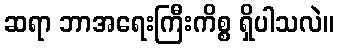
ဆရာ ဘာအရေးကြီးကိစ္စ ရှိပါသလဲ။